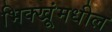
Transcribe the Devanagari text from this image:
भिक्खूंमधील